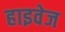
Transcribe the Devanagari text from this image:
हाइवेज